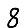
Digit: 8